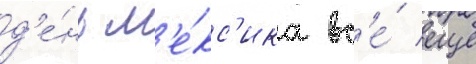
д'е́нь м'е́кс'ика вс'е́ еще